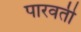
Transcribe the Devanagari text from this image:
पारवती